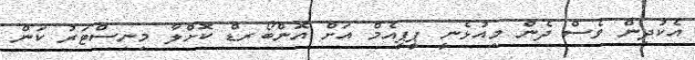
އެކުދިން ވެސް ދެން މިއުޅެނީ ޕީޕީއެމް އަށް އޮންބޯރޑް ކޮށްލާ މިނިސްޓަރު ކަން